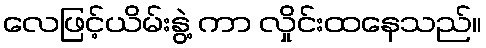
လေဖြင့်ယိမ်းနွဲ့ ကာ လှိုင်းထနေသည်။